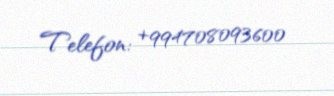
Telefon: +994708093600